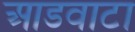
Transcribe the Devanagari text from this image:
आडवाटा